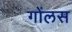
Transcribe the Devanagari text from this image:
गोंलस